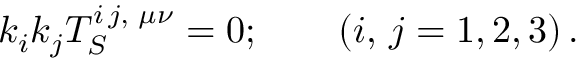
k _ { i } k _ { j } T _ { S } ^ { i \, j , \, \, \mu \nu } = 0 ; \qquad \left( i , \, j = 1 , 2 , 3 \right) .